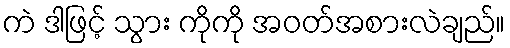
ကဲ ဒါဖြင့် သွား ကိုကို အဝတ်အစားလဲချည်။